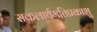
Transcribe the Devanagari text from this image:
सकलार्थमतिप्रकाशु